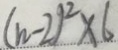
( n - 2 ) ^ { 2 } \times 6